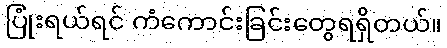
ပြုံးရယ်ရင် ကံကောင်းခြင်းတွေရရှိတယ်။